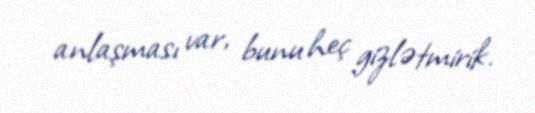
anlaşması var, bunu heç gizlətmirik.